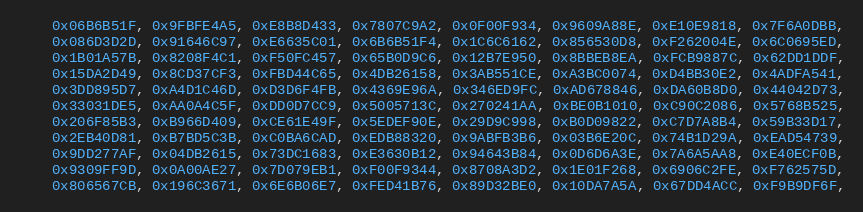
Language: C++
    0x06B6B51F, 0x9FBFE4A5, 0xE8B8D433, 0x7807C9A2, 0x0F00F934, 0x9609A88E, 0xE10E9818, 0x7F6A0DBB,
    0x086D3D2D, 0x91646C97, 0xE6635C01, 0x6B6B51F4, 0x1C6C6162, 0x856530D8, 0xF262004E, 0x6C0695ED,
    0x1B01A57B, 0x8208F4C1, 0xF50FC457, 0x65B0D9C6, 0x12B7E950, 0x8BBEB8EA, 0xFCB9887C, 0x62DD1DDF,
    0x15DA2D49, 0x8CD37CF3, 0xFBD44C65, 0x4DB26158, 0x3AB551CE, 0xA3BC0074, 0xD4BB30E2, 0x4ADFA541,
    0x3DD895D7, 0xA4D1C46D, 0xD3D6F4FB, 0x4369E96A, 0x346ED9FC, 0xAD678846, 0xDA60B8D0, 0x44042D73,
    0x33031DE5, 0xAA0A4C5F, 0xDD0D7CC9, 0x5005713C, 0x270241AA, 0xBE0B1010, 0xC90C2086, 0x5768B525,
    0x206F85B3, 0xB966D409, 0xCE61E49F, 0x5EDEF90E, 0x29D9C998, 0xB0D09822, 0xC7D7A8B4, 0x59B33D17,
    0x2EB40D81, 0xB7BD5C3B, 0xC0BA6CAD, 0xEDB88320, 0x9ABFB3B6, 0x03B6E20C, 0x74B1D29A, 0xEAD54739,
    0x9DD277AF, 0x04DB2615, 0x73DC1683, 0xE3630B12, 0x94643B84, 0x0D6D6A3E, 0x7A6A5AA8, 0xE40ECF0B,
    0x9309FF9D, 0x0A00AE27, 0x7D079EB1, 0xF00F9344, 0x8708A3D2, 0x1E01F268, 0x6906C2FE, 0xF762575D,
    0x806567CB, 0x196C3671, 0x6E6B06E7, 0xFED41B76, 0x89D32BE0, 0x10DA7A5A, 0x67DD4ACC, 0xF9B9DF6F,